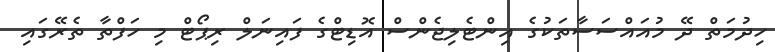
ހިދުމަތް ދޭ މުއައްސަސާތަކުގެ އިންޓެލިޖެންސް އޮޑިޓްގެ ފައިނަލް ރިޕޯޓް މި ހަފްތާ ތެރޭގައި